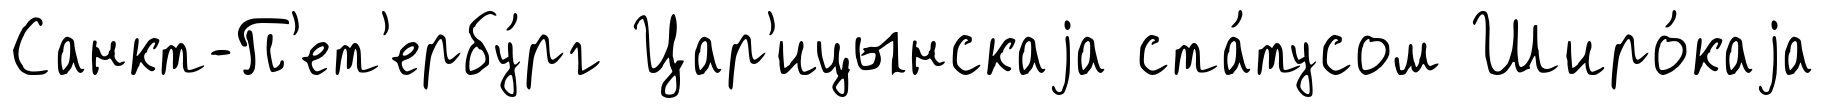
Санкт-П'ет'ербу́рг Цар'ицынскаjа ста́тусом Широ́каjа